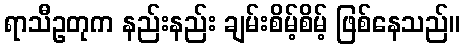
ရာသီဥတုက နည်းနည်း ချမ်းစိမ့်စိမ့် ဖြစ်နေသည်။